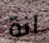
انة